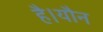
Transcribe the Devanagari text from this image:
है।यौन